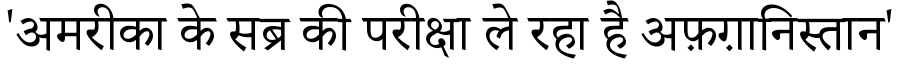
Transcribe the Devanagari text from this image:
'अमरीका के सब्र की परीक्षा ले रहा है अफ़ग़ानिस्तान'